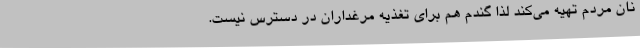
نان مردم تهیه می‌کند لذا گندم هم برای تغذیه مرغداران در دسترس نیست.